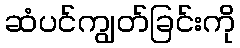
ဆံပင်ကျွတ်ခြင်းကို